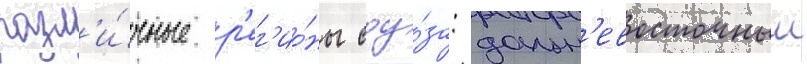
разл'и́чные р'ег'ио́ны соу́за: дальн'евосточныи